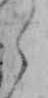
ら